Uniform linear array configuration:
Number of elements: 48
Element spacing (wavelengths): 0.5
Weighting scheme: hann
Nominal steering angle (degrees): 15
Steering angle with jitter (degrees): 13.085
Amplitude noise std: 0.05
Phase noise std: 0.05

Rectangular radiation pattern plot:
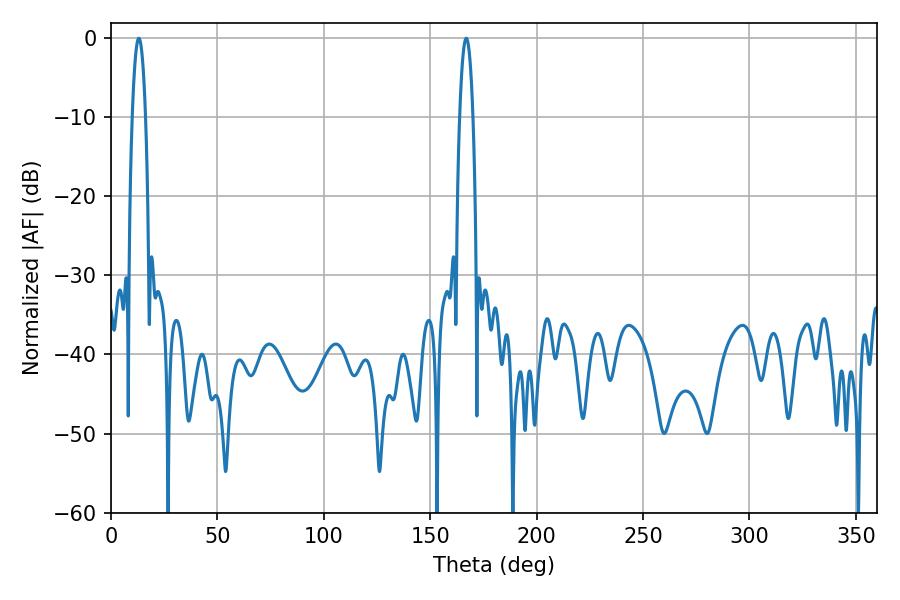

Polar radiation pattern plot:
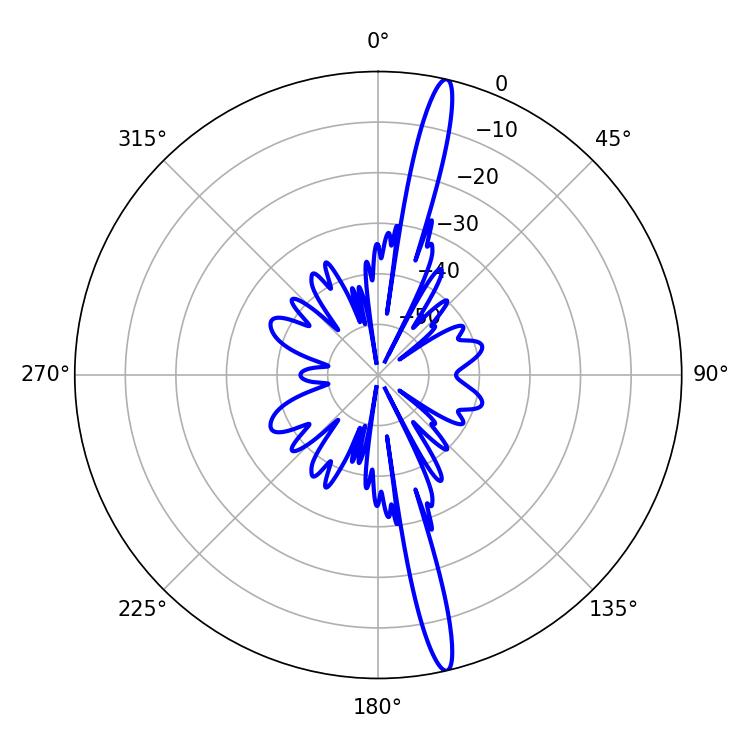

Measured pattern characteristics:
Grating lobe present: FALSE
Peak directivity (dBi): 18.295
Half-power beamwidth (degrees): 3.42
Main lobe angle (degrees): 13.14